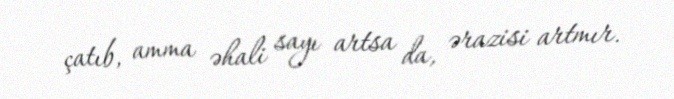
çatıb, amma əhali sayı artsa da, ərazisi artmır.